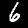
Label: 6